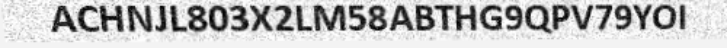
ACHNJL803X2LM58ABTHG9QPV79YOI